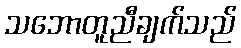
သဘောတူညီချက်သည်